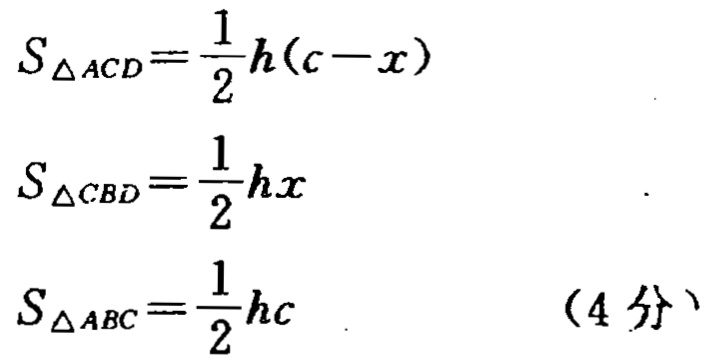
\[
S_{\triangle ACD}=\frac{1}{2}h(c - x)
\]
\[
S_{\triangle CBD}=\frac{1}{2}hx
\]
\[
S_{\triangle ABC}=\frac{1}{2}hc \quad (4\text{ 分})
\]